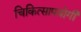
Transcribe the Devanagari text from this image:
चिकित्सापयोगी